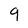
Character: 9